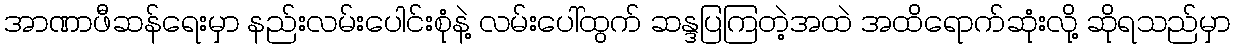
အာဏာဖီဆန်ရေးမှာ နည်းလမ်းပေါင်းစုံနဲ့ လမ်းပေါ်ထွက် ဆန္ဒပြကြတဲ့အထဲ အထိရောက်ဆုံးလို့ ဆိုရသည်မှာ